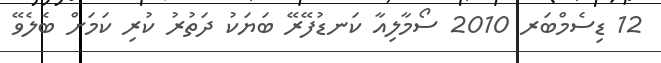
12 ޑިސެމްބަރ 2010 ސޯމާލިއާ ކަނޑުފޭރޭ ބަޔަކު ދަތުރު ކުރި ކަމަށް ބެލެވޭ